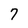
Character: 7